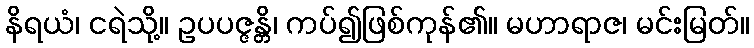
နိရယံ၊ ငရဲသို့။ ဥပပဇ္ဇန္တိ၊ ကပ်၍ဖြစ်ကုန်၏။ မဟာရာဇ၊ မင်းမြတ်။